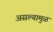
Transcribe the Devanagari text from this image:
असल्यामुळं